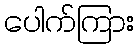
ပေါက်ကြား